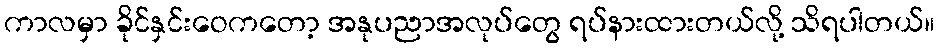
ကာလမှာ ခိုင်နှင်းဝေကတော့ အနုပညာအလုပ်တွေ ရပ်နားထားတယ်လို့ သိရပါတယ်။